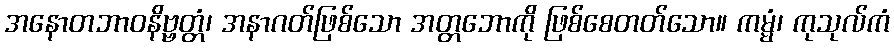
အနောတဘာဝနိဗ္ဗတ္တံ၊ အနာဂတ်ဖြစ်သော အတ္တဘောကို ဖြစ်စေတတ်သော။ ကမ္မံ၊ ကုသုလ်ကံ